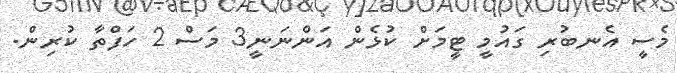
މެސީ އެނބުރި ގައުމީ ޓީމަށް ކުޅެން އަންނަނީ3 މަސް 2 ހަފްތާ ކުރިން.